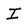
Character: I